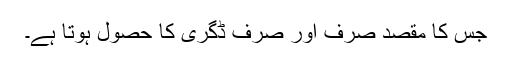
جس کا مقصد صرف اور صرف ڈگری کا حصول ہوتا ہے۔